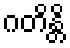
ဂတိန္တိ